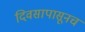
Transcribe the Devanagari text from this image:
दिवसापासूनच